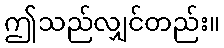
ဤသည်လျှင်တည်း။